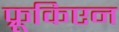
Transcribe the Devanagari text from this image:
फ्रूकिएन